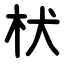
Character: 枤